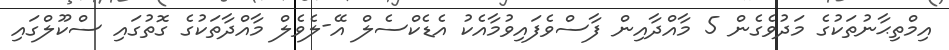
އިމްތިޙާނުތަކުގެ މަދުވެގެން 5 މާއްދާއިން ފާސްވެފައިވުމާއެކު އެޑެކްސެލް އޭ-ލެވެލް މާއްދާތަކުގެ ގޮތުގައި ސްކޫލްގައި